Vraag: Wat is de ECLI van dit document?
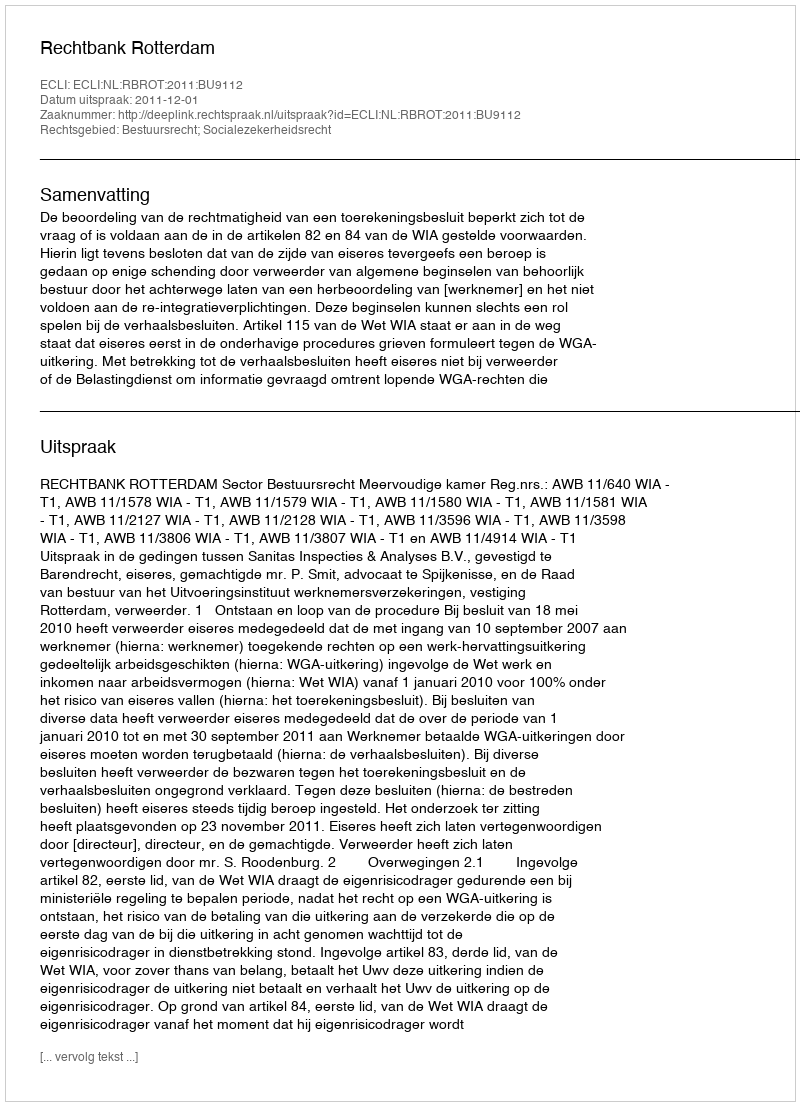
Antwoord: ECLI:NL:RBROT:2011:BU9112